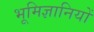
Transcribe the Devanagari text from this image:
भूमिज्ञानियों